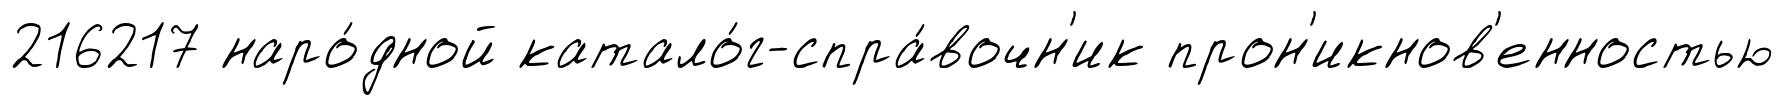
216217 наро́дной катало́г-спра́вочн'ик прон'икнов'енностью